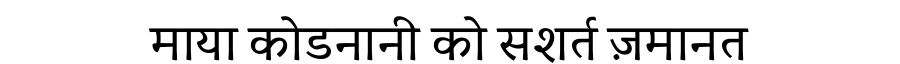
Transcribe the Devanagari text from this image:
माया कोडनानी को सशर्त ज़मानत